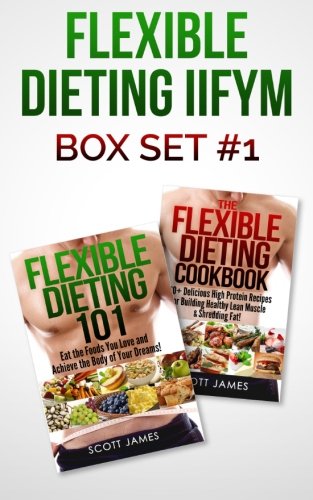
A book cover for Flexible Dieting IIFYM Box Set #1 Flexible Dieting 101 + The Flexible Dieting Cookbook: 160 Delicious High Protein Recipes for Building Healthy Lean Muscle & Shredding Fat; Scott James; Health, Fitness & Dieting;